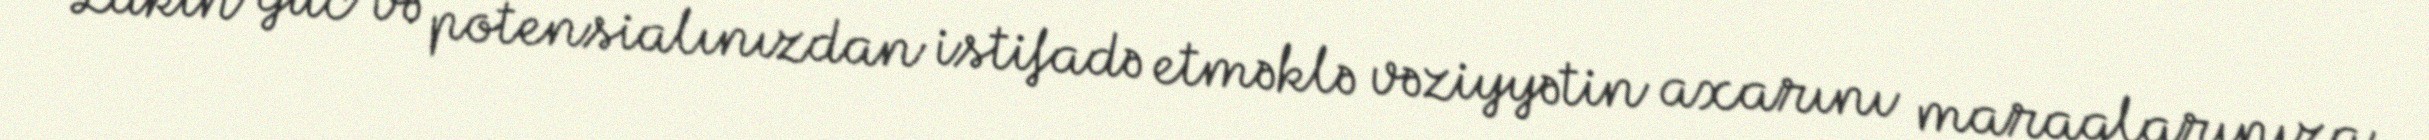
Lakin güc və potensialınızdan istifadə etməklə vəziyyətin axarını maraqlarınıza